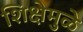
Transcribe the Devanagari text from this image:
शिक्षेमुळे